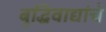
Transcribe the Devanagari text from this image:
बुद्धिवाद्यांचे